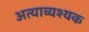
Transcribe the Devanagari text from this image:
अत्याव्यश्यक